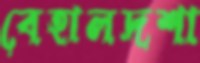
বেহালদশা